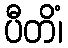
ပီတိံ၊